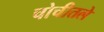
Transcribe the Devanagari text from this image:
चोचीतले